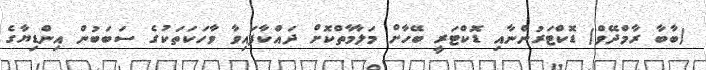
(ބާބާ ރާމްދޭވް) ޑޮކްޓަރުންނާއި ޑޮކްޓަރީ ބޭހާށް މަލާމާތްކޮށް ދައްކާފައިވާ ވާހަކަތަކުގެ ސަބަބުން އިންޑިޔާގެ